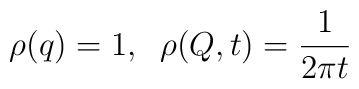
\rho(q)=1, \;\; \rho(Q,t)={1 \over 2\pi t}